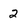
Character: 2